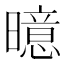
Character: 𪱍